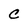
Character: c